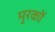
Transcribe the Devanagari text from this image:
मुरकों